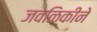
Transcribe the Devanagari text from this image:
जवळिकीने